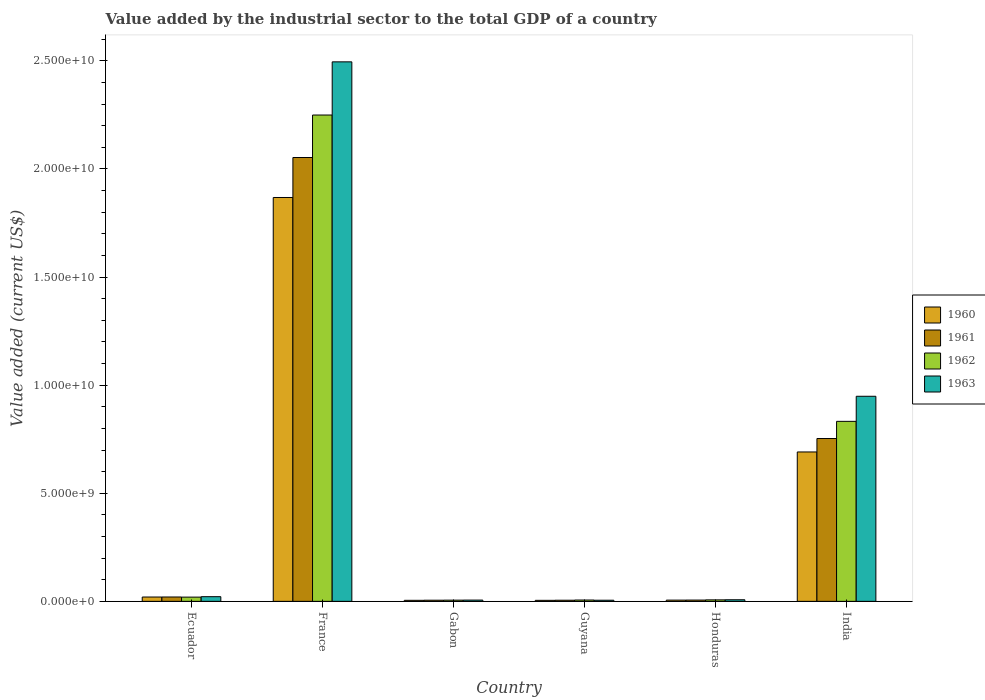
| Country | 1960 | 1961 | 1962 | 1963 |
 | --- | --- | --- | --- | --- |
 | Ecuador | 2.01e+08 | 2.02e+08 | 1.96e+08 | 2.16e+08 |
 | France | 1.87e+10 | 2.05e+10 | 2.25e+10 | 2.5e+10 |
 | Gabon | 4.8e+07 | 5.29e+07 | 5.59e+07 | 5.89e+07 |
 | Guyana | 4.74e+07 | 5.23e+07 | 6.2e+07 | 5.21e+07 |
 | Honduras | 5.73e+07 | 5.94e+07 | 6.92e+07 | 7.38e+07 |
 | India | 6.91e+09 | 7.53e+09 | 8.33e+09 | 9.49e+09 |